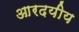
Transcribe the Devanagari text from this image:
आरदयीय